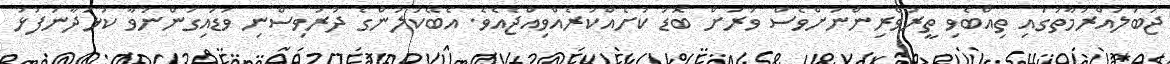
ޖަބަލުއްރުމާތުގައި ތިއްބެވި ތީރުވެރިންނަށްވެސް ވަރަށް ބޮޑު ކުށެއްކުރެއްވިއްޖެއެވެ. އެބޭކަލުންގެ ދުރުވިސްނި ވަޑައިގަންނަވާ ކުޅަދާނަފުޅު